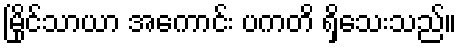
မြိုင်သာယာ အကောင်း ပကတိ ရှိသေးသည်။